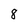
Character: 8